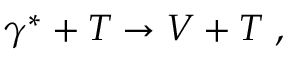
\gamma ^ { * } + T \rightarrow V + T \ ,